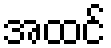
အထင်